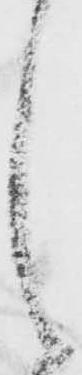
之